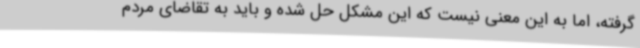
گرفته، اما به این معنی نیست که این مشکل حل شده و باید به تقاضای مردم